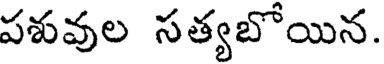
పశువుల సత్యబోయిన.